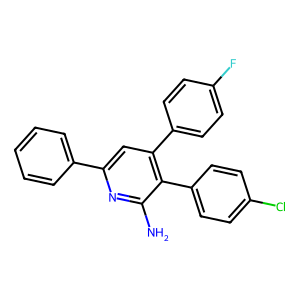
SMILES: Nc1nc(-c2ccccc2)cc(-c2ccc(F)cc2)c1-c1ccc(Cl)cc1
Inhibits HIV replication: No